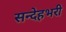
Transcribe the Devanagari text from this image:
सन्देहभरी